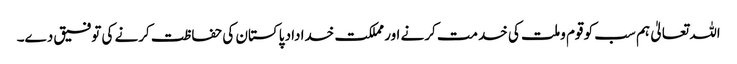
اللہ تعالیٰ ہم سب کو قوم وملت کی خدمت کرنے اور مملکت خداداد پاکستان کی حفاظت کرنے کی توفیق دے۔